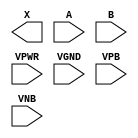
module sky130_fd_sc_hd__and2 (
    X   ,
    A   ,
    B   ,
    VPWR,
    VGND,
    VPB ,
    VNB
);

    output X   ;
    input  A   ;
    input  B   ;
    input  VPWR;
    input  VGND;
    input  VPB ;
    input  VNB ;
endmodule